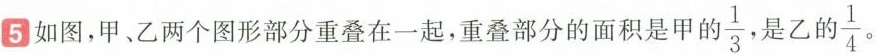
5如图，甲、乙两个图形部分重叠在一起，重叠部分的面积是甲的 \frac{1}{3} 是乙的 \frac{1}{4} 。